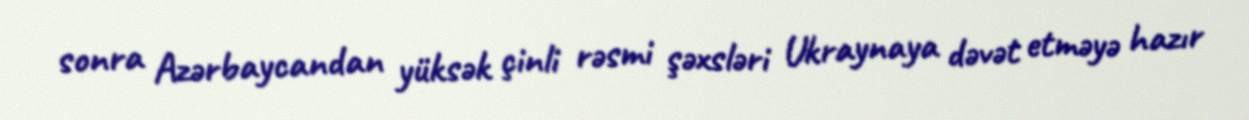
sonra Azərbaycandan yüksək çinli rəsmi şəxsləri Ukraynaya dəvət etməyə hazır